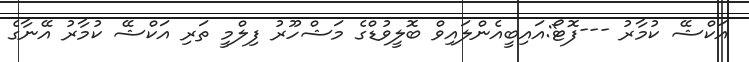
އަކްޝޭ ކުމާރު ---ފޮޓޯ:އައިބީއެންލައިވް ބޮލީވުޑްގެ މަޝްހޫރު ފިލްމީ ތަރި އަކްޝޭ ކުމާރު އޭނާގެ